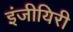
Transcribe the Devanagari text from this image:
इंजीयिरी